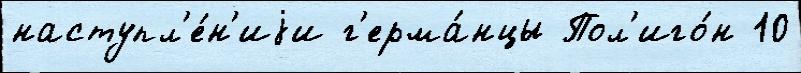
наступл'е́н'иjи г'ерма́нцы Пол'иго́н 10